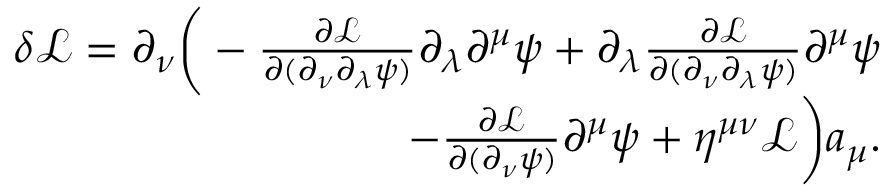
\begin{array} { r } { \delta \mathcal { L } = \partial _ { \nu } \bigg ( - \frac { \partial \mathcal { L } } { \partial ( \partial _ { \nu } \partial _ { \lambda } \psi ) } \partial _ { \lambda } \partial ^ { \mu } \psi + \partial _ { \lambda } \frac { \partial \mathcal { L } } { \partial ( \partial _ { \nu } \partial _ { \lambda } \psi ) } \partial ^ { \mu } \psi } \\ { - \frac { \partial \mathcal L } { \partial ( \partial _ { \nu } \psi ) } \partial ^ { \mu } \psi + \eta ^ { \mu \nu } \mathcal { L } \bigg ) a _ { \mu } . } \end{array}